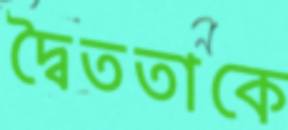
দ্বৈততাকে